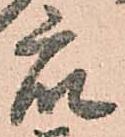
衆